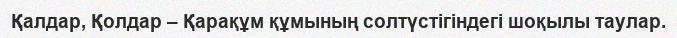
Қалдар, Қолдар – Қарақұм құмының солтүстігiндегі шоқылы таулар.